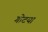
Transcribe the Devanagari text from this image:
गोटया